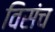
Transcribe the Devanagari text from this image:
विसंच